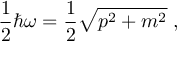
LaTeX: \frac { 1 } { 2 } \hbar \omega = \frac { 1 } { 2 } \sqrt { p ^ { 2 } + m ^ { 2 } } \; ,